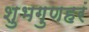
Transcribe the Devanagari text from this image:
शुभगुणहरं